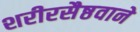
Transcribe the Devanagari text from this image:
शरीरसैष्ठवाने